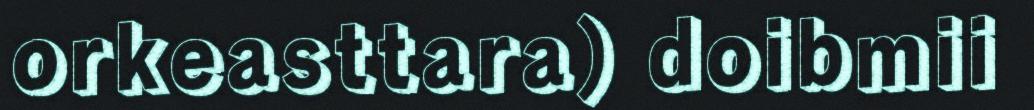
orkeasttara) doibmii